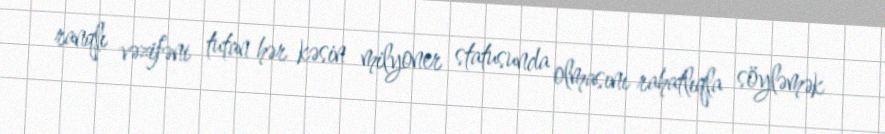
ranqlı vəzifəni tutan hər kəsin milyoner statusunda olmasını rahatlıqla söyləmək